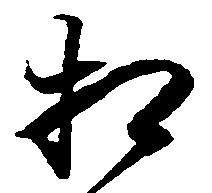
相